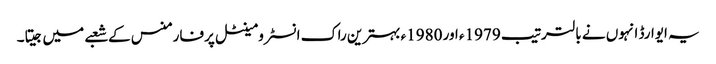
یہ ایوارڈ انہوں نے بالترتیب 1979ء اور 1980ء بہترین راک انسٹرومینٹل پرفارمنس کے شعبے میں جیتا۔